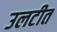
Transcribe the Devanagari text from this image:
उलटीत